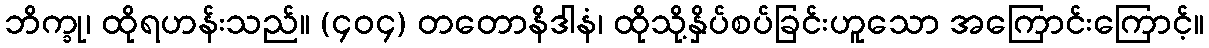
ဘိက္ခု၊ ထိုရဟန်းသည်။ (၄၀၄) တတောနိဒါနံ၊ ထိုသို့နှိပ်စပ်ခြင်းဟူသော အကြောင်းကြောင့်။